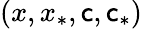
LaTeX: (x,x_{*},\mathsf{c},\mathsf{c}_{*})